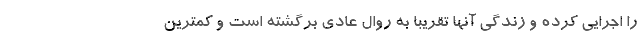
را اجرایی کرده و زندگی آنها تقریبا به روال عادی برگشته است و کمترین